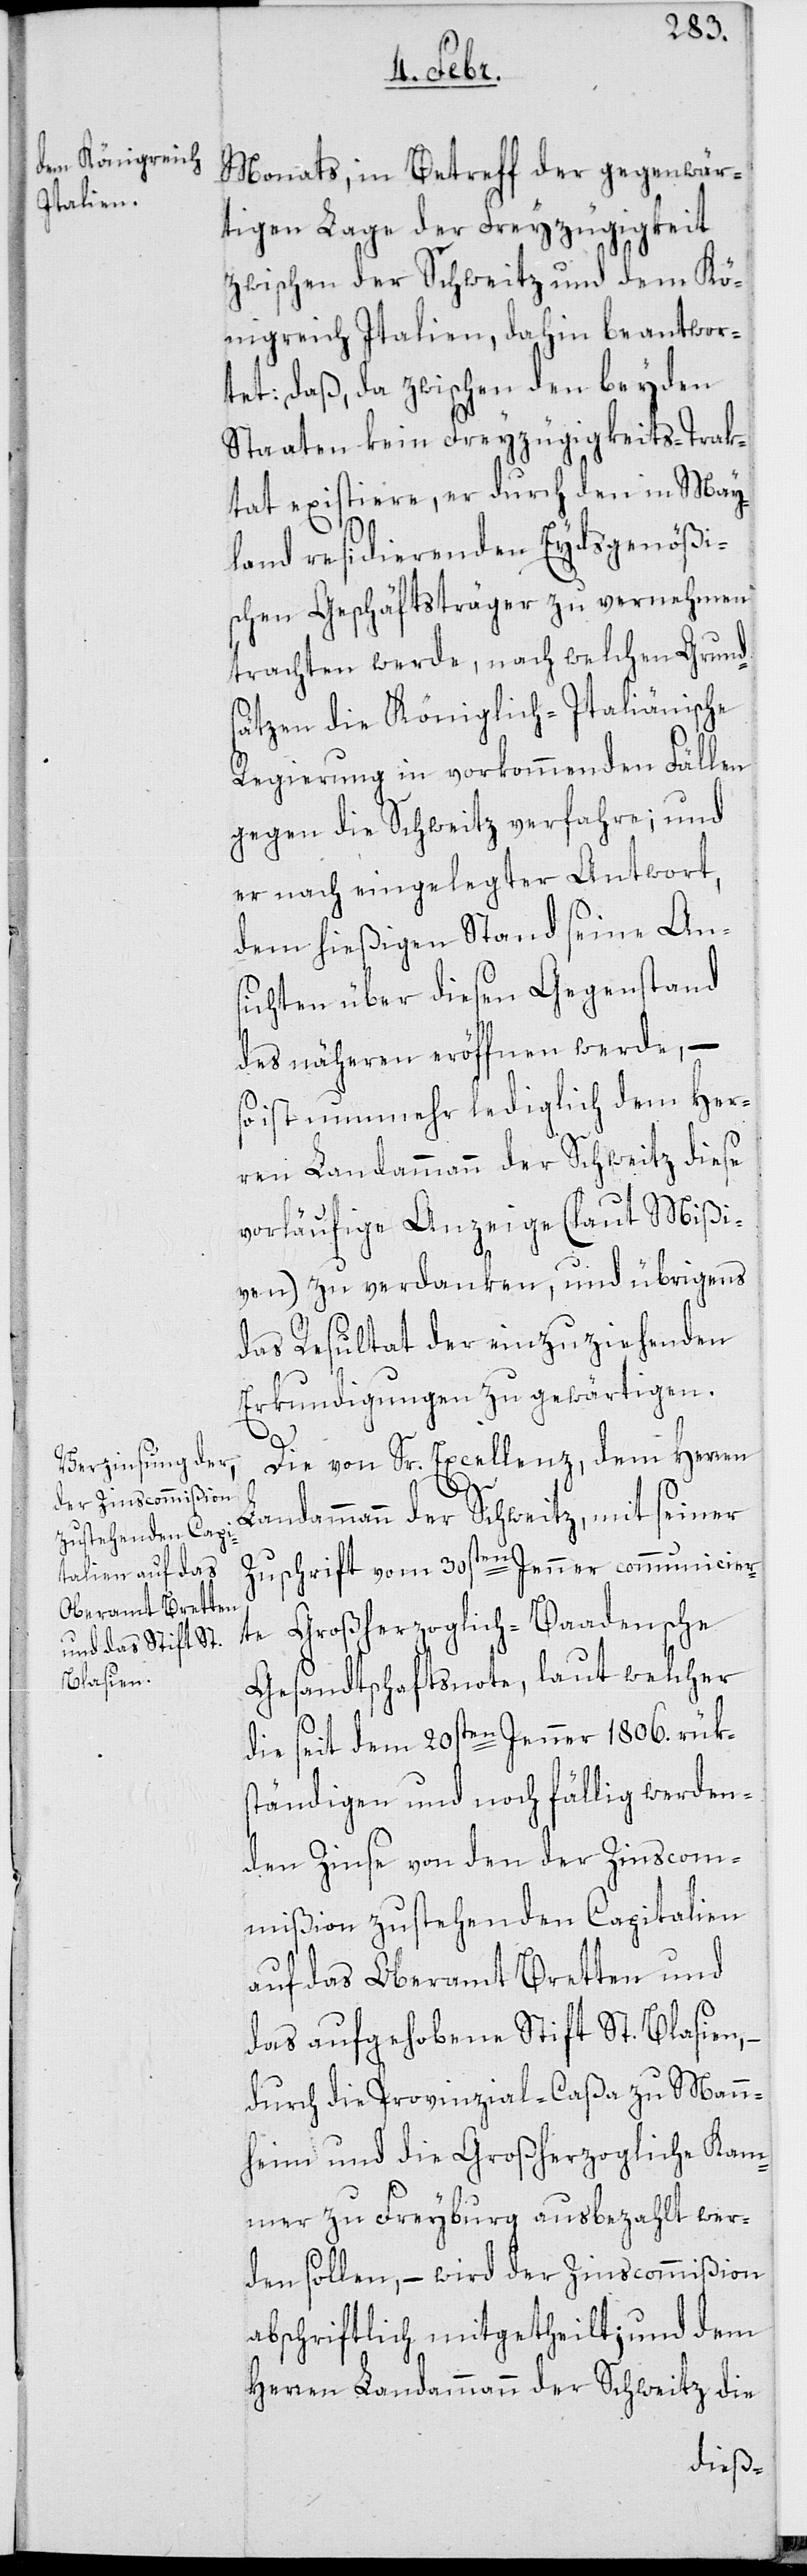
Monats in Betreff der gegenwär¬
tigen Lage der Freyzügigkeit
zwischen der Schweitz und dem Kö¬
nigreich Italien, dahin beantwor¬
tet: daß, da zwischen den beyden
Staaten kein Freyzügigkeits-Trak¬
tat existiere, er durch den in May¬
land residierenden Eydsgenößi¬
schen Geschäftsträger zu vernehmen
trachten werde, nach welchen Grund¬
sätzen die Königlich-Italiänische
Regierung in vorkommenden Fällen
gegen die Schweitz verfahre; und
er nach eingelegter Antwort,
dem hießigen Stand seine An¬
sichten über diesen Gegenstand
des näheren eröffnen werde, –
so ist nunmehr lediglich dem Her¬
ren Landammann der Schweitz diese
vorläufige Anzeige (laut Mißi¬
ven) zu verdanken, und übrigens
das Resultat der einzuziehenden
Erkundigungen zu gewärtigen.
Die von Sr. Excellenz dem Herren
Ka¬
Landammann der Schweitz, mit seiner
Zuschrift vom 30sten Jenner communicier¬
te Großherzoglich-Baadensche
Gesandtschaftsnote, laut welcher
die seit dem 20sten Jenner 1806. rük¬
ständigen und noch fällig werden¬
den Zinse von den der Zinscom¬
mißion zustehenden Capitalien
auf das Oberamt Bretten und
das aufgehobene Stift St. Blasien,
durch die Provinzial-Caßa zu Mann¬
mmer zu Freyburg ausbezahlt wer¬
den sollen, – wird der Zinscommißion
abschriftlich mitgetheilt; und dem
Herren Landammann der Schweitz die